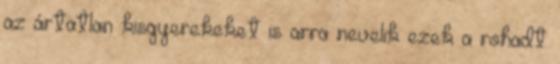
az ártatlan kisgyerekeket is arra nevelik ezek a rohadt